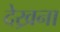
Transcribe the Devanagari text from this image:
देख्रना